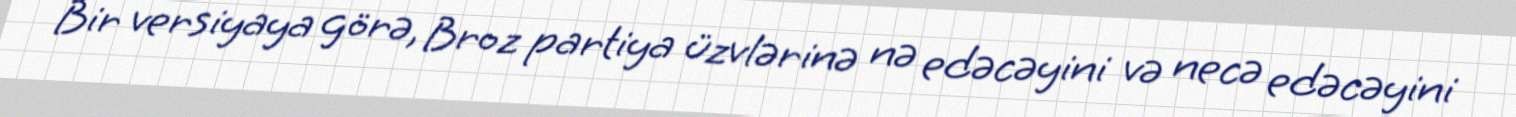
Bir versiyaya görə, Broz partiya üzvlərinə nə edəcəyini və necə edəcəyini